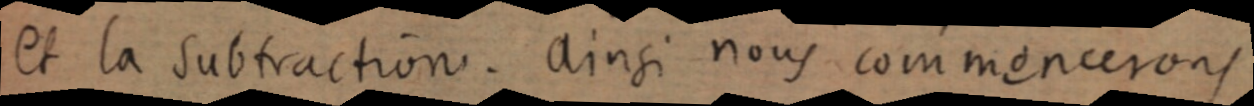
et la subtraction. Ainsi nous commenceront